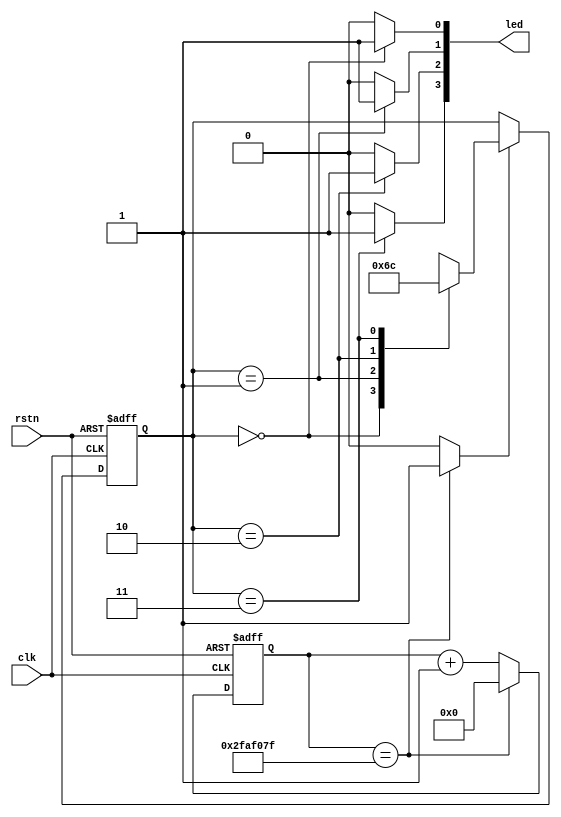
module led_ctrl_fsm (clk,rstn,led);
input clk;  // 50MHz (20ns)
input rstn;
output [3:0] led;

// state definition
parameter S1 = 2'h0,
          S2 = 2'h1,
		  S3 = 2'h2,
		  S4 = 2'h3;
		  
// onepps generator
reg [31:0] cnt_1pps;
reg [1:0]  cs; // current state;
reg [1:0]  ns; // next state;

// 1pps generator (counter)
always@(posedge clk or negedge rstn)
begin
	if(~rstn)
		cnt_1pps <= 'h0; // width = 32bit 
	else if(cnt_1pps == 'd49999999) // 50MHz -1 
		cnt_1pps <= 'h0;
	else
		cnt_1pps <= cnt_1pps + 1'b1;
end
// pusle width 20ns, pulse period : 1 second
assign onepps = (cnt_1pps == 'd49999999) ? 1'b1 : 1'b0;

// FSM coding style
// part1 : sequential 

always@(posedge clk or negedge rstn)
begin
	if(~rstn)
		cs <= 'h0;
	else if(onepps) // 
		cs <= ns;   // update state;
	else
		cs <= cs;
end
// part 2: combintation circuit
always@(*)
begin
	case(cs)
	S1: ns= S2;
	S2: ns= S3;
	S3: ns= S4;
	S4: ns= S1;
	default: ns = S1;
	endcase
end

assign led[0] = (cs == S1) ? 1'b1 : 1'b0;
assign led[1] = (cs == S2) ? 1'b1 : 1'b0;
assign led[2] = (cs == S3) ? 1'b1 : 1'b0;
assign led[3] = (cs == S4) ? 1'b1 : 1'b0;
endmodule